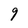
Character: 9